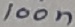
Text: 100µF